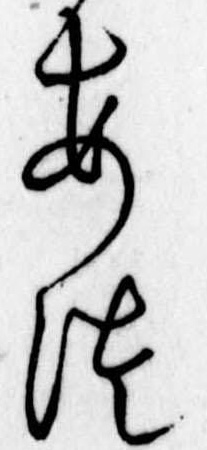
あつ